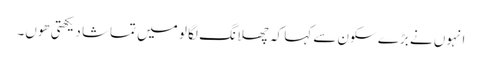
انہوں نے بڑے سکون سے کہا کہ چھلانگ لگا لو میں تماشا دیکھتی ھوں۔